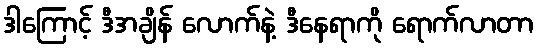
ဒါကြောင့် ဒီအချိန် လောက်နဲ့ ဒီနေရာကို ရောက်လာတာ